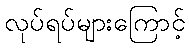
လုပ်ရပ်များကြောင့်